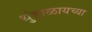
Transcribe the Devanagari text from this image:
धुंडाळायच्या